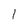
Character: 1